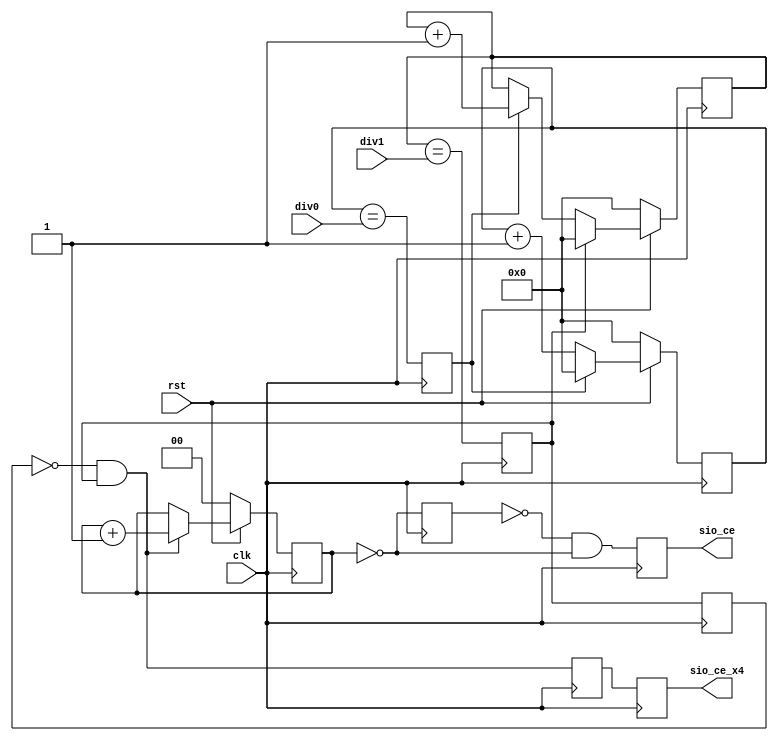
module sasc_brg(clk, rst, div0, div1, sio_ce, sio_ce_x4);
input		clk;
input		rst;
input	[7:0]	div0, div1;
output		sio_ce, sio_ce_x4;

///////////////////////////////////////////////////////////////////
//
// Local Wires and Registers
//

reg	[7:0]	ps;
reg		ps_clr;
reg	[7:0]	br_cnt;
reg		br_clr;
reg		sio_ce_x4_r;
reg	[1:0]	cnt;
reg		sio_ce, sio_ce_x4;
reg		sio_ce_r ;
reg		sio_ce_x4_t;

///////////////////////////////////////////////////////////////////
//
// Boud Rate Generator
//

// -----------------------------------------------------
// Prescaler
always @(posedge clk)
  	if(!rst)	ps <= #1 8'h0;
	else
	if(ps_clr)	ps <= #1 8'h0;
	else		ps <= #1 ps + 8'h1;

always @(posedge clk)
	ps_clr <= #1 (ps == div0);	// Desired number of cycles less 2

// -----------------------------------------------------
// Oversampled Boud Rate (x4)
always @(posedge clk)
  	if(!rst)	br_cnt <= #1 8'h0;
	else
	if(br_clr)	br_cnt <= #1 8'h0;
//	else		br_cnt <= #1 br_cnt + 8'h1;      // *** Deleted *** Oct.30,2002 Thorn Aitch
 	else if (ps_clr) br_cnt <= #1 br_cnt + 8'h1; // *** Added   *** Oct.30,2002 Thorn Aitch


always @(posedge clk)
	br_clr <= #1 (br_cnt == div1); // Prciese number of PS cycles

always @(posedge clk)
	sio_ce_x4_r <= #1 br_clr;

always @(posedge clk)
	sio_ce_x4_t <= #1 !sio_ce_x4_r & br_clr;

always @(posedge clk)
	sio_ce_x4 <= #1 sio_ce_x4_t;

// -----------------------------------------------------
// Actual Boud rate
always @(posedge clk)
  	if(!rst)			cnt <= #1 2'h0;
	else
	if(!sio_ce_x4_r & br_clr)	cnt <= #1 cnt + 2'h1;

always @(posedge clk)
	sio_ce_r <= #1 (cnt == 2'h0);

always @(posedge clk)
	sio_ce <= #1 !sio_ce_r & (cnt == 2'h0);

endmodule